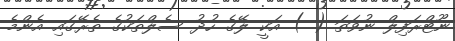
ނޫޓްރަފިލް ނުވަތަ ( ) އަކީ ލޭގެ ހުދު ސެލްތަކުގެ ތެރޭގައި އެންމެ